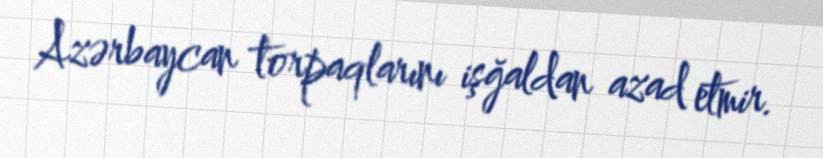
Azərbaycan torpaqlarını işğaldan azad etmir.